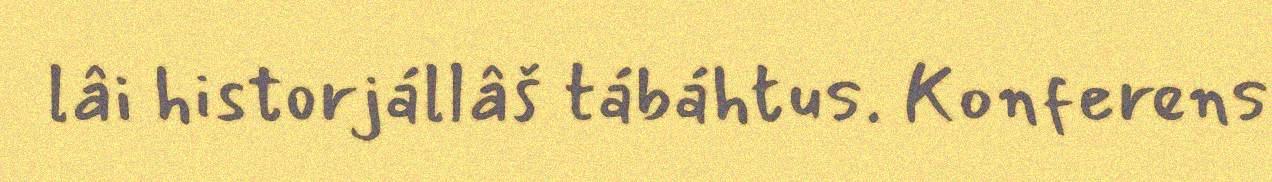
lâi historjállâš tábáhtus. Konferens